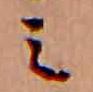
ミ